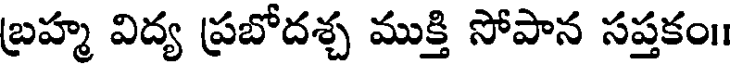
బ్రహ్మ విద్య ప్రబోదశ్చ ముక్తి సోపాన సప్తకం।।